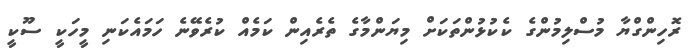
ރޮހިންގްޔާ މުސްލިމުންގެ ކެކުޅުންތަކަށް މިޔަންމާގެ ތެރެއިން ކަމެއް ކުރެވޭނެ ހަމައެކަނި މީހަކީ ސޫކީ